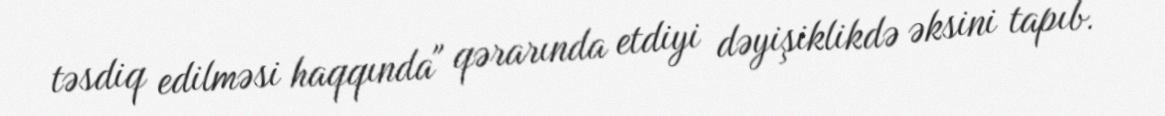
təsdiq edilməsi haqqında" qərarında etdiyi dəyişiklikdə əksini tapıb.